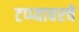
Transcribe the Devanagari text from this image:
टप्प्यावरचे